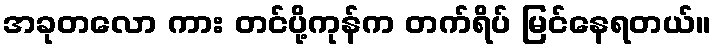
အခုတလော ကား တင်ပို့ကုန်က တက်ရိပ် မြင်နေရတယ်။